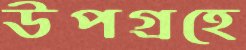
উপগ্রহে